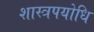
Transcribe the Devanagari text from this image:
शास्त्रपयोधि